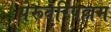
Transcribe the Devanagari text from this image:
पेरूवरिपल्लम